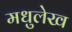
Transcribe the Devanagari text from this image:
मधुलेख